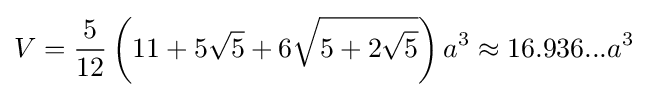
V={\frac {5}{12}}\left(11+5{\sqrt {5}}+6{\sqrt {5+2{\sqrt {5}}}}\right)a^{3}\approx 16.936...a^{3}